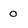
Character: 0